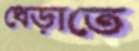
ধেড়াতে